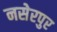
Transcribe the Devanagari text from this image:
नसेरपुर